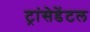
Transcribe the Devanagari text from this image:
ट्रांसेडेंटल